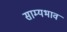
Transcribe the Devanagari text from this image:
साम्यभाव